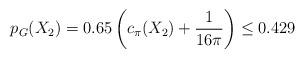
LaTeX: \begin{align*} p_G(X_2)=0.65\left(c_{\pi}(X_2)+\frac{1}{16\pi}\right) \leq 0.429 \end{align*}